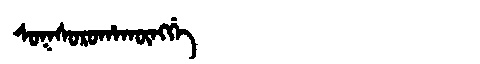
Manchu: ᠰᠣᡴᠰᠣᡵᠣᡥᠠᡴᡡᠩᡤᡝ
Romanization: SOKSOROHAKŪNGGE